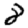
Digit: 8